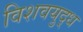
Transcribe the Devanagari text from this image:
विशवयुद्ध